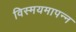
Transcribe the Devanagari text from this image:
विस्मयमापन्न